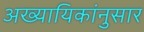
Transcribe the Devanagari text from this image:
अख्यायिकांनुसार